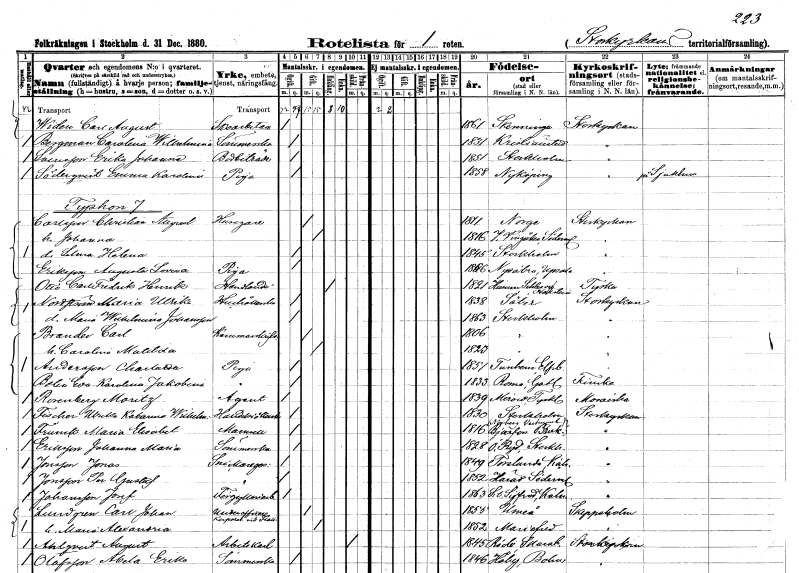
gt_parse: households: individuals: FN: Carl August
EN: Widén
YRKE: Skoarbetare
KON: M
CIV: O
FODAR: 1861
FODFORS: Skänninge Östergötlands län
FN: Carolina Wilhelmina
EN: Bergman
YRKE: Sömmerska
KON: K
CIV: O
FODAR: 1831
FODFORS: Kristianstad Kristianstads län
FN: Erika Johanna
EN: Svensson
YRKE: Bodbiträde
KON: K
CIV: O
FODAR: 1851
FODFORS: Stockholm
FN: Emma Karolina
EN: Söderqvist
YRKE: Piga
KON: K
CIV: O
FODAR: 1858
FODFORS: Nyköping Södermanlands län
FN: Christian August
EN: Carlsson
YRKE: Husägare
KON: M
CIV: G
FODAR: 1811
FN: Johanna
KON: K
CIV: G
FODAR: 1816
FODFORS: Västra Vingåker Södermanlands län
FN: Selma
KON: K
CIV: O
FODAR: 1845
FODFORS: Stockholm
FN: Augusta Lovisa
EN: Eriksson
YRKE: Piga
KON: K
CIV: O
FODAR: 1856
FODFORS: Nysätra Uppsala län
FN: Otto Carl Fredrik
EN: Henrik
YRKE: Handlande
KON: M
CIV: E
FODAR: 1821
FN: Maria Ulrika
EN: Nordström
YRKE: Hushållerska
KON: K
CIV: O
FODAR: 1838
FODFORS: Säter Kopparbergs län
FN: Maria Wilhelmina
EN: Johansson
KON: K
CIV: O
FODAR: 1863
FODFORS: Stockholm
FN: Carl
EN: Brander
YRKE: Kammarskrivare
KON: M
CIV: G
FODAR: 1806
FODFORS: Stockholm
FN: Carolina Matilda
KON: K
CIV: G
FODAR: 1823
FODFORS: Stockholm
FN: Charlotta
EN: Andersson
YRKE: Piga
KON: K
CIV: O
FODAR: 1851
FODFORS: Tunhem Älvsborgs län
FN: Eva Karolina Jakobina
EN: Bolin
YRKE: Piga
KON: K
CIV: O
FODAR: 1833
FODFORS: Roma Gotlands län
FN: Mauritz
EN: Rosenberg
YRKE: Agent
KON: M
CIV: O
FODAR: 1839
FN: Ulrika Katarina Wilhelmina
EN: Fischer
YRKE: Handelsidkerska
KON: K
CIV: O
FODAR: 1830
FODFORS: Stockholm
FN: Maria Elisabet
EN: Frunck
KON: K
CIV: O
FODAR: 1816
FODFORS: Norberg Västmanlands län
FN: Johanna Maria
EN: Eriksson
YRKE: Sömmerska
KON: K
CIV: O
FODAR: 1828
FODFORS: Östra Ryd Stockholms län
FN: Jonas
EN: Jonsson
YRKE: Snickaregesäll
KON: M
CIV: O
FODAR: 1849
FODFORS: Torslunda Kalmar län
FN: Per Gustaf
EN: Jonsson
YRKE: Snickaregesäll
KON: M
CIV: O
FODAR: 1852
FODFORS: Härad Södermanlands län
FN: Josef
EN: Johansson
YRKE: Förgyllningsarbetare
KON: M
CIV: O
FODAR: 1863
FODFORS: Sankt Sigfrid Kalmar län
FN: Carl Johan
EN: Lundgren
YRKE: Underofficer Korpral vid flottan
KON: M
CIV: G
FODAR: 1855
FODFORS: Umeå Västerbottens län
FN: Maria Alexandria
KON: K
CIV: G
FODAR: 1852
FODFORS: Mariefred Södermanlands län